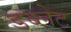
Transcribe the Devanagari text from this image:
डब्लेट